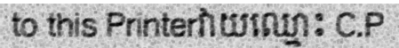
to this Printerវាយឈ្មោះ C.P